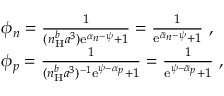
\begin{array} { r l } & { \phi _ { n } = \frac { 1 } { ( n _ { \mathrm { H } } ^ { b } a ^ { 3 } ) \mathrm { e } ^ { \alpha _ { n } - \psi } + 1 } = \frac { 1 } { \mathrm { e } ^ { \bar { \alpha } _ { n } - \psi } + 1 } \ , } \\ & { \phi _ { p } = \frac { 1 } { ( n _ { \mathrm { H } } ^ { b } a ^ { 3 } ) ^ { - 1 } \mathrm { e } ^ { \psi - \alpha _ { p } } + 1 } = \frac { 1 } { \mathrm { e } ^ { \psi - \bar { \alpha } _ { p } } + 1 } \ , } \end{array}